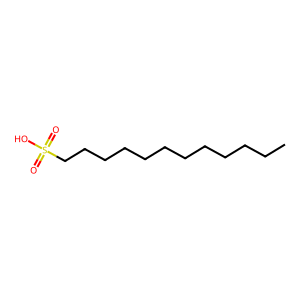
SMILES: CCCCCCCCCCCCS(=O)(=O)O
Inhibits HIV replication: No